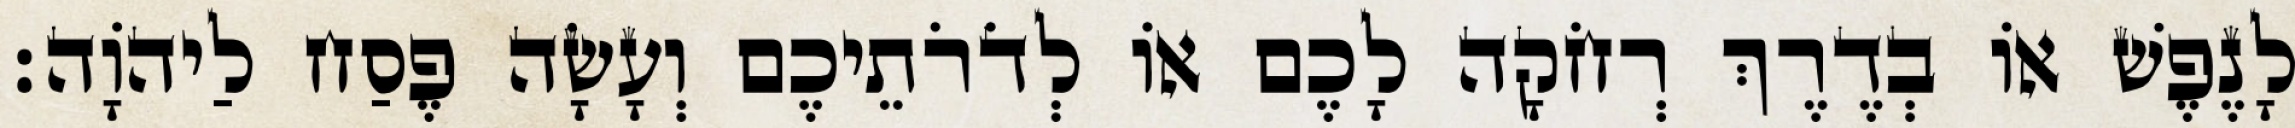
לָנֶפֶשׁ אוֹ בְדֶרֶךְ רְחֹקָה לָכֶם אוֹ לְדֹרֹתֵיכֶם וְעָשָׂה פֶסַח לַיהוָֹה׃